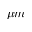
~ \mu m